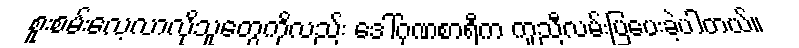
စူးစမ်းလေ့လာလိုသူတွေကိုလည်း ဒေါ်ဂုဏစာရီက ကူညီလမ်းပြပေးခဲ့ပါတယ်။